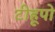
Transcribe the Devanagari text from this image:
टीहूपो